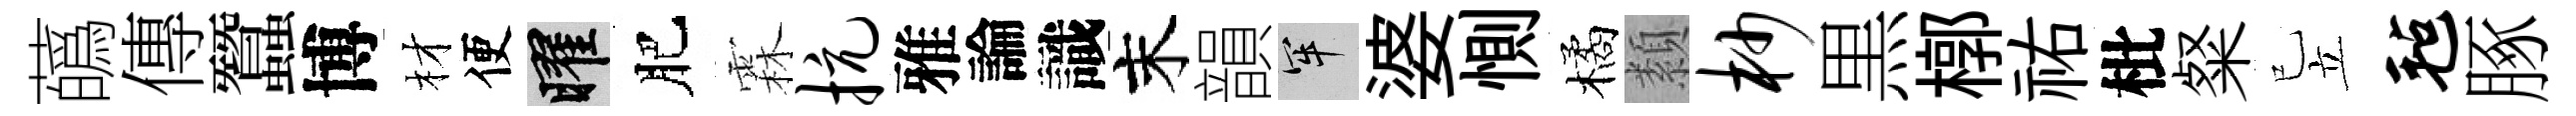
蘤傳蠶博材便曜肥霖抗雅論識末韻牢婆惻橘纇杪黒槨祐枇粲已立毡䐁